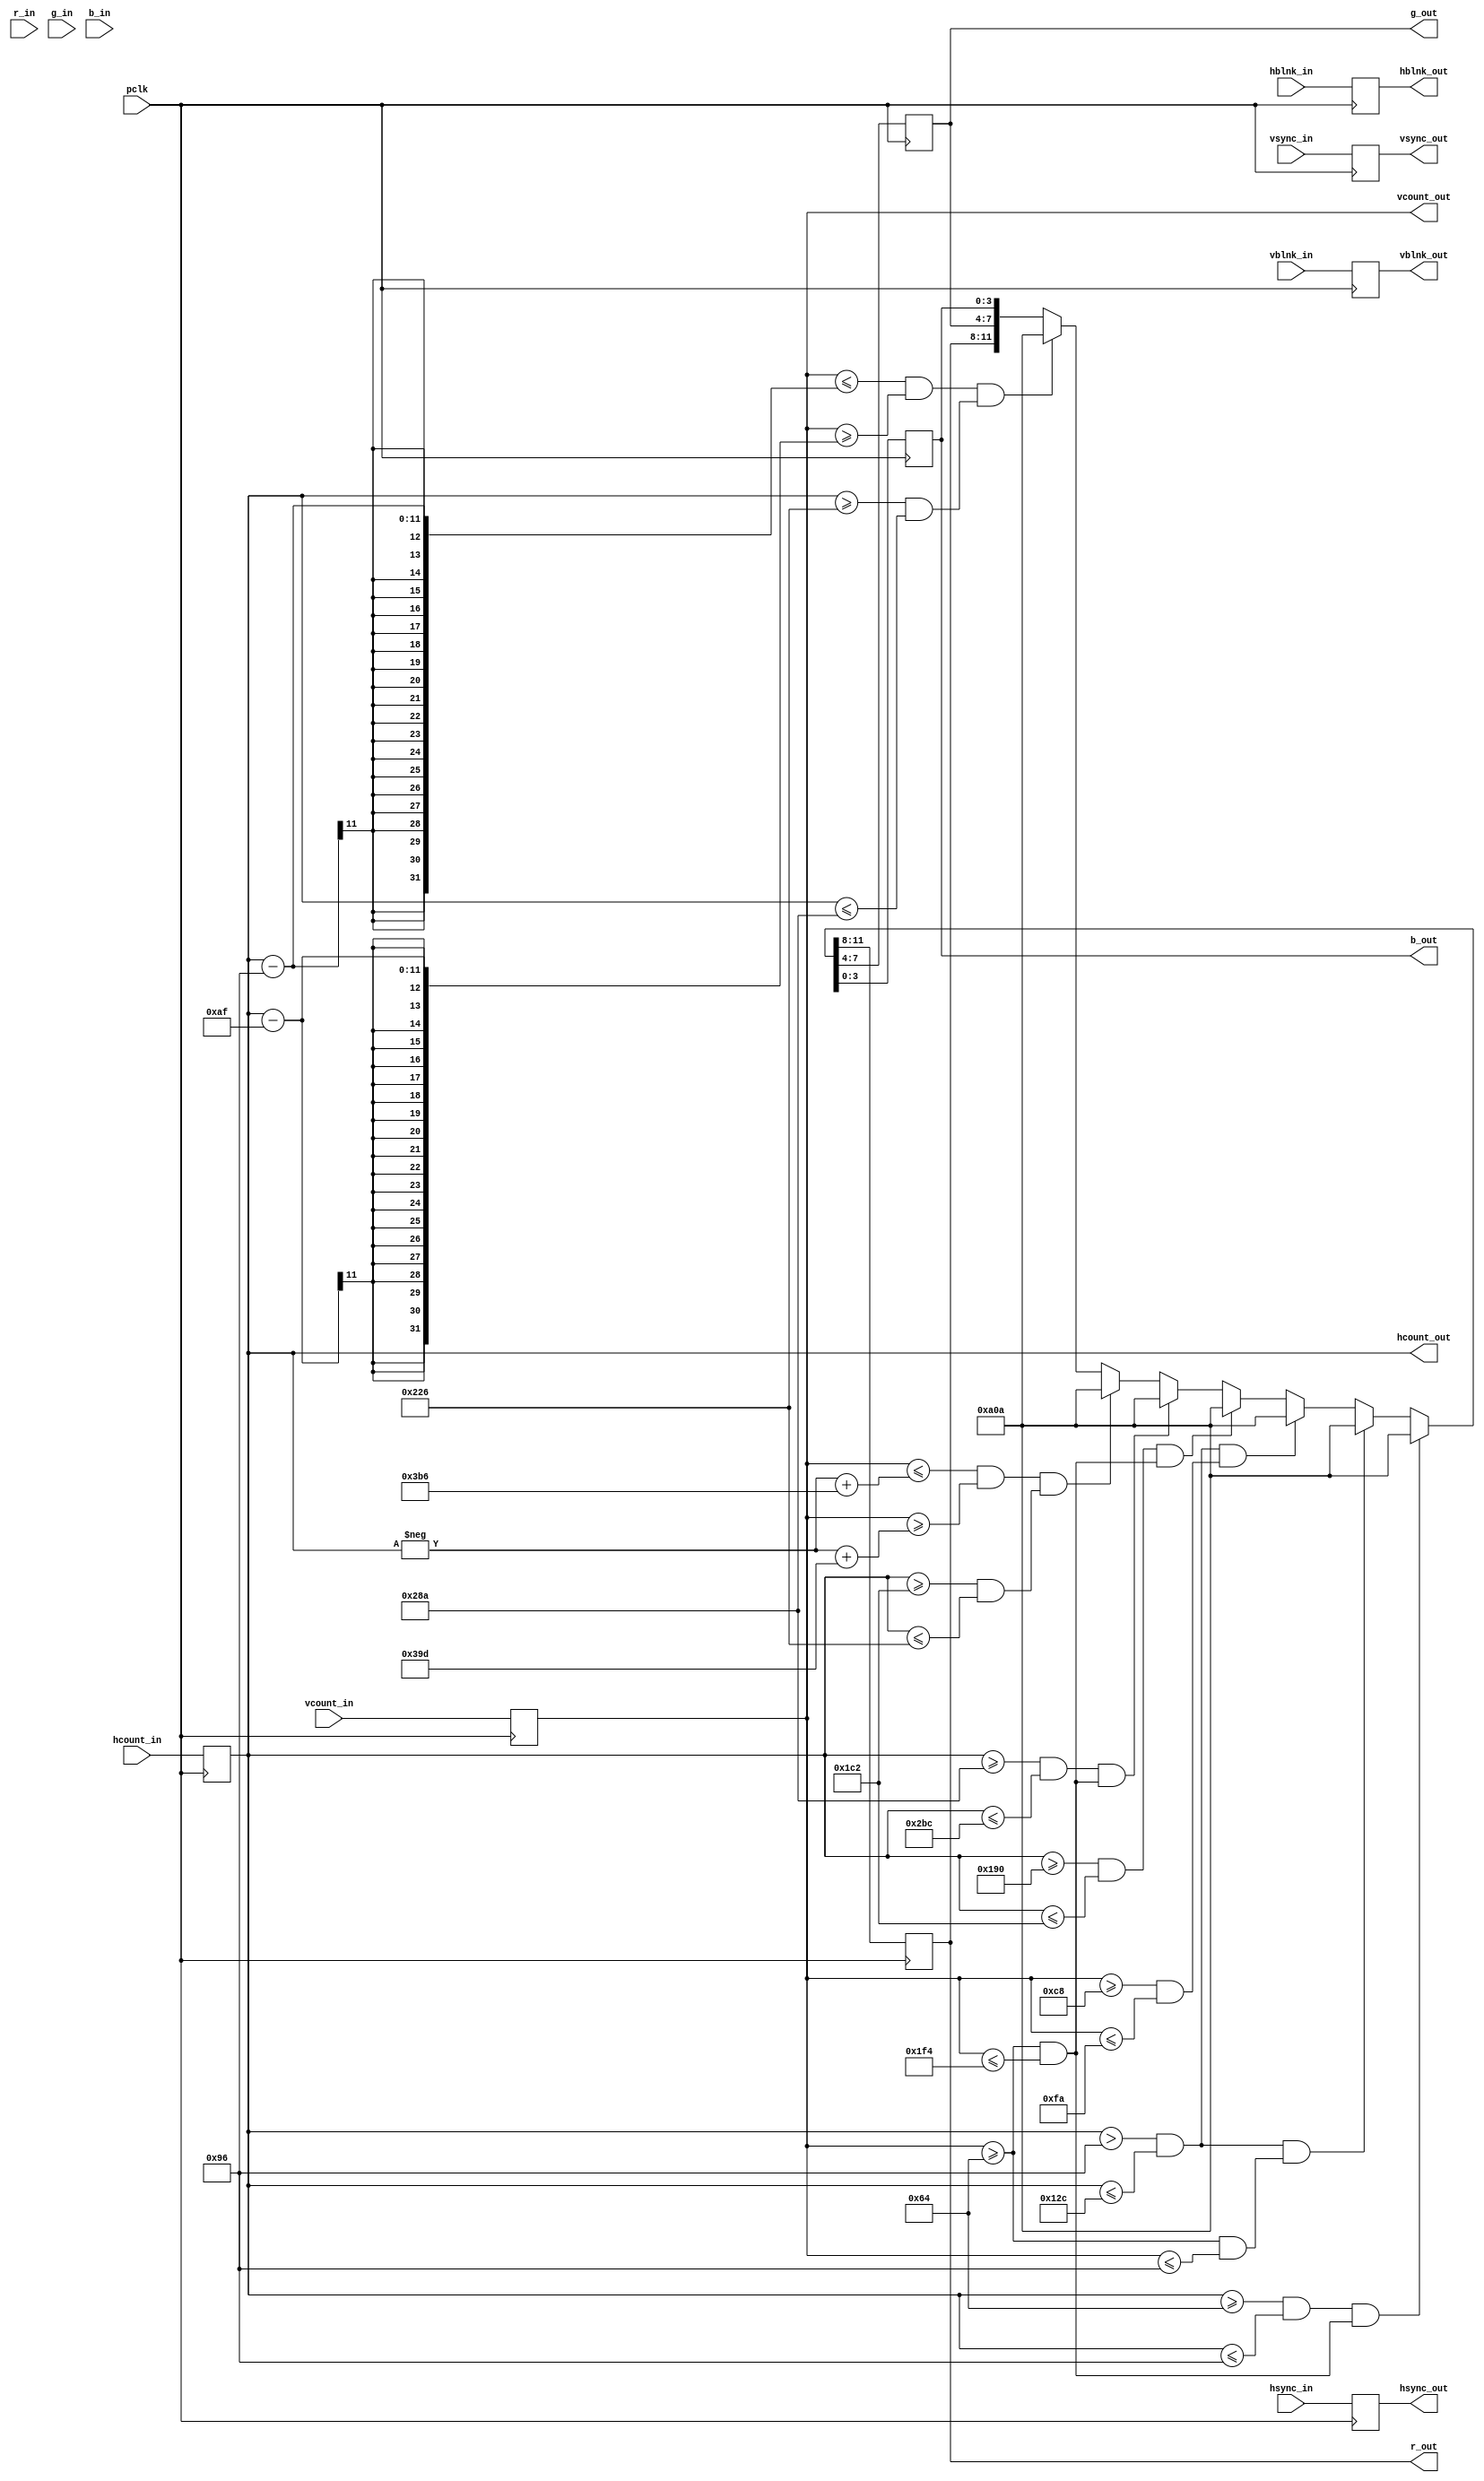
`timescale 1ns / 1ps

module draw_rect(
    input wire pclk,
    input wire [10:0] hcount_in,
    input wire hsync_in,
    input wire hblnk_in,
    input wire [10:0] vcount_in,
    input wire vsync_in,
    input wire vblnk_in,
    input wire [3:0] r_in,
    input wire [3:0] g_in,
    input wire [3:0] b_in,
    output reg [10:0] hcount_out,
    output reg hsync_out,
    output reg hblnk_out,
    output reg [10:0] vcount_out,
    output reg vsync_out,
    output reg vblnk_out,
    output reg [3:0] r_out,
    output reg [3:0] g_out,
    output reg [3:0] b_out

    );
    
     always @(posedge pclk)
       begin
       // Just pass these through.
           hsync_out <= hsync_in;
           vsync_out <= vsync_in;
           hblnk_out <= hblnk_in;
           vblnk_out <= vblnk_in;
           hcount_out <= hcount_in;
           vcount_out <= vcount_in;
           r_out <= r_in;
           g_out <= g_in;
           b_out <= b_in;
           
           
           if ((hcount_out >= 100  && hcount_out <= 150 ) && (vcount_out >= 100 && vcount_out <= 500))
            {r_out,g_out,b_out} <= 12'ha_0_a;
           else if ((hcount_out > 150  && hcount_out <= 300 ) && (vcount_out >= 100 && vcount_out <= 150))
            {r_out,g_out,b_out} <= 12'ha_0_a;
           else if ((hcount_out > 150  && hcount_out <= 300 ) && (vcount_out >= 200 && vcount_out <= 250))
            {r_out,g_out,b_out} <= 12'ha_0_a;
           else if ((hcount_out >= 400  && hcount_out <= 450 ) && (vcount_out >= 100 && vcount_out <= 500))
            {r_out,g_out,b_out} <= 12'ha_0_a;
           else if ((hcount_out >= 650  && hcount_out <= 700 ) && (vcount_out >= 100 && vcount_out <= 500))
            {r_out,g_out,b_out} <= 12'ha_0_a;
           else if ((hcount_out >= 650  && hcount_out <= 700 ) && (vcount_out >= 100 && vcount_out <= 500))
            {r_out,g_out,b_out} <= 12'ha_0_a;
           else if ((( vcount_out <= -hcount_out + 950 ) && ( vcount_out >= -hcount_out + 925 )) && (hcount_out >= 450 && hcount_out <= 550))
            {r_out,g_out,b_out} <= 12'ha_0_a;
           else if ((( vcount_out <= hcount_out - 150 ) && ( vcount_out >= hcount_out - 175 )) && (hcount_out >= 550 && hcount_out <= 650))
            {r_out,g_out,b_out} <= 12'ha_0_a;
           else
            {r_out,g_out,b_out} <= {r_out,g_out,b_out};
            
          end
           
    
    
endmodule